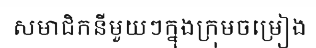
សមាជិកនីមួយៗក្នុងក្រុមចម្រៀង